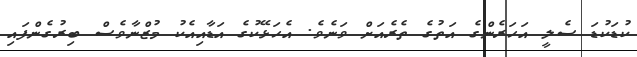
ކުޑަކުޑަ ސެލީ އަހަރެންގެ އަތުގެ ތެރެއަށް ވަނެވެ. އެހަޅޭކުގެ އަޑާއިއެކު މުޒްނާވެސް ބިރުގެންފައި